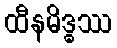
ထီနမိဒ္ဓဿ